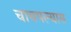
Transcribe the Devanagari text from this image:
चाचपल्यास